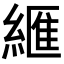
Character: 𦃶